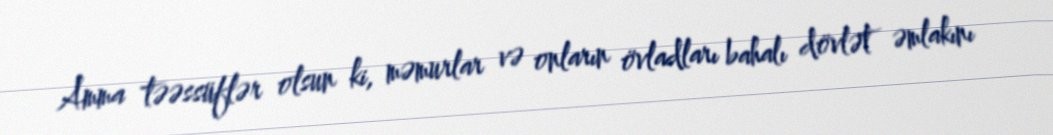
Amma təəssüflər olsun ki, məmurlar və onların övladları bahalı dövlət əmlakını